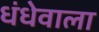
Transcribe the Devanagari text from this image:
धंधेवाला